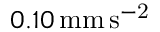
0 . 1 0 \mathrm { \, m m \, s ^ { - 2 } }